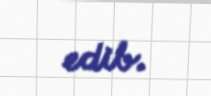
edib.